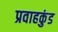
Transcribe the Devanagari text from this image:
प्रवाहकुंड